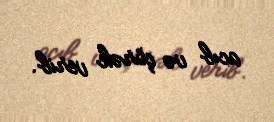
acıb və çörək verib.